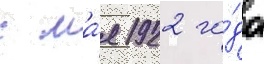
с ма́я 1922 го́да